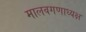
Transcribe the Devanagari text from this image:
मालवगणाध्यक्ष